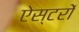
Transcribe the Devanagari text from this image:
ऐस्टरों